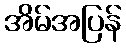
အိမ်အပြန်